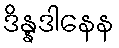
ဒိန္နဒါနေန